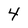
Character: 4